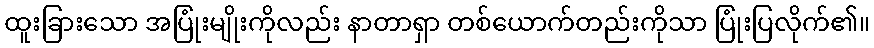
ထူးခြားသော အပြုံးမျိုးကိုလည်း နာတာရှာ တစ်ယောက်တည်းကိုသာ ပြုံးပြလိုက်၏။